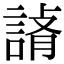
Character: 𧨪